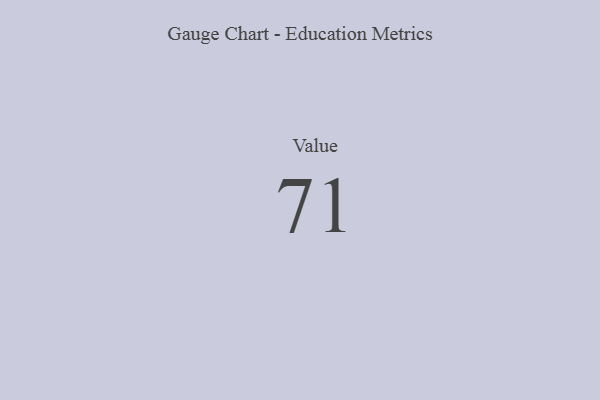
{"axis": {"x": "Metric", "y": "Value"}, "legend": [""], "data": [{"x": "Value", "y": 71, "type": ""}]}